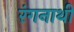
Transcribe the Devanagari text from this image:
रंगनाथी